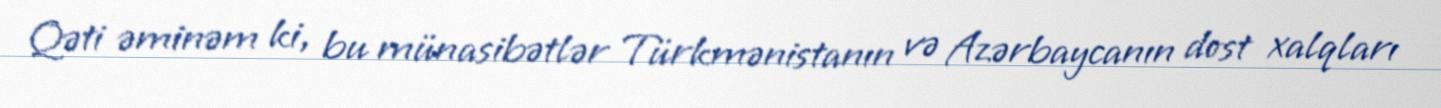
Qəti əminəm ki, bu münasibətlər Türkmənistanın və Azərbaycanın dost xalqları